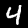
Digit: 4